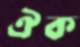
ঐক